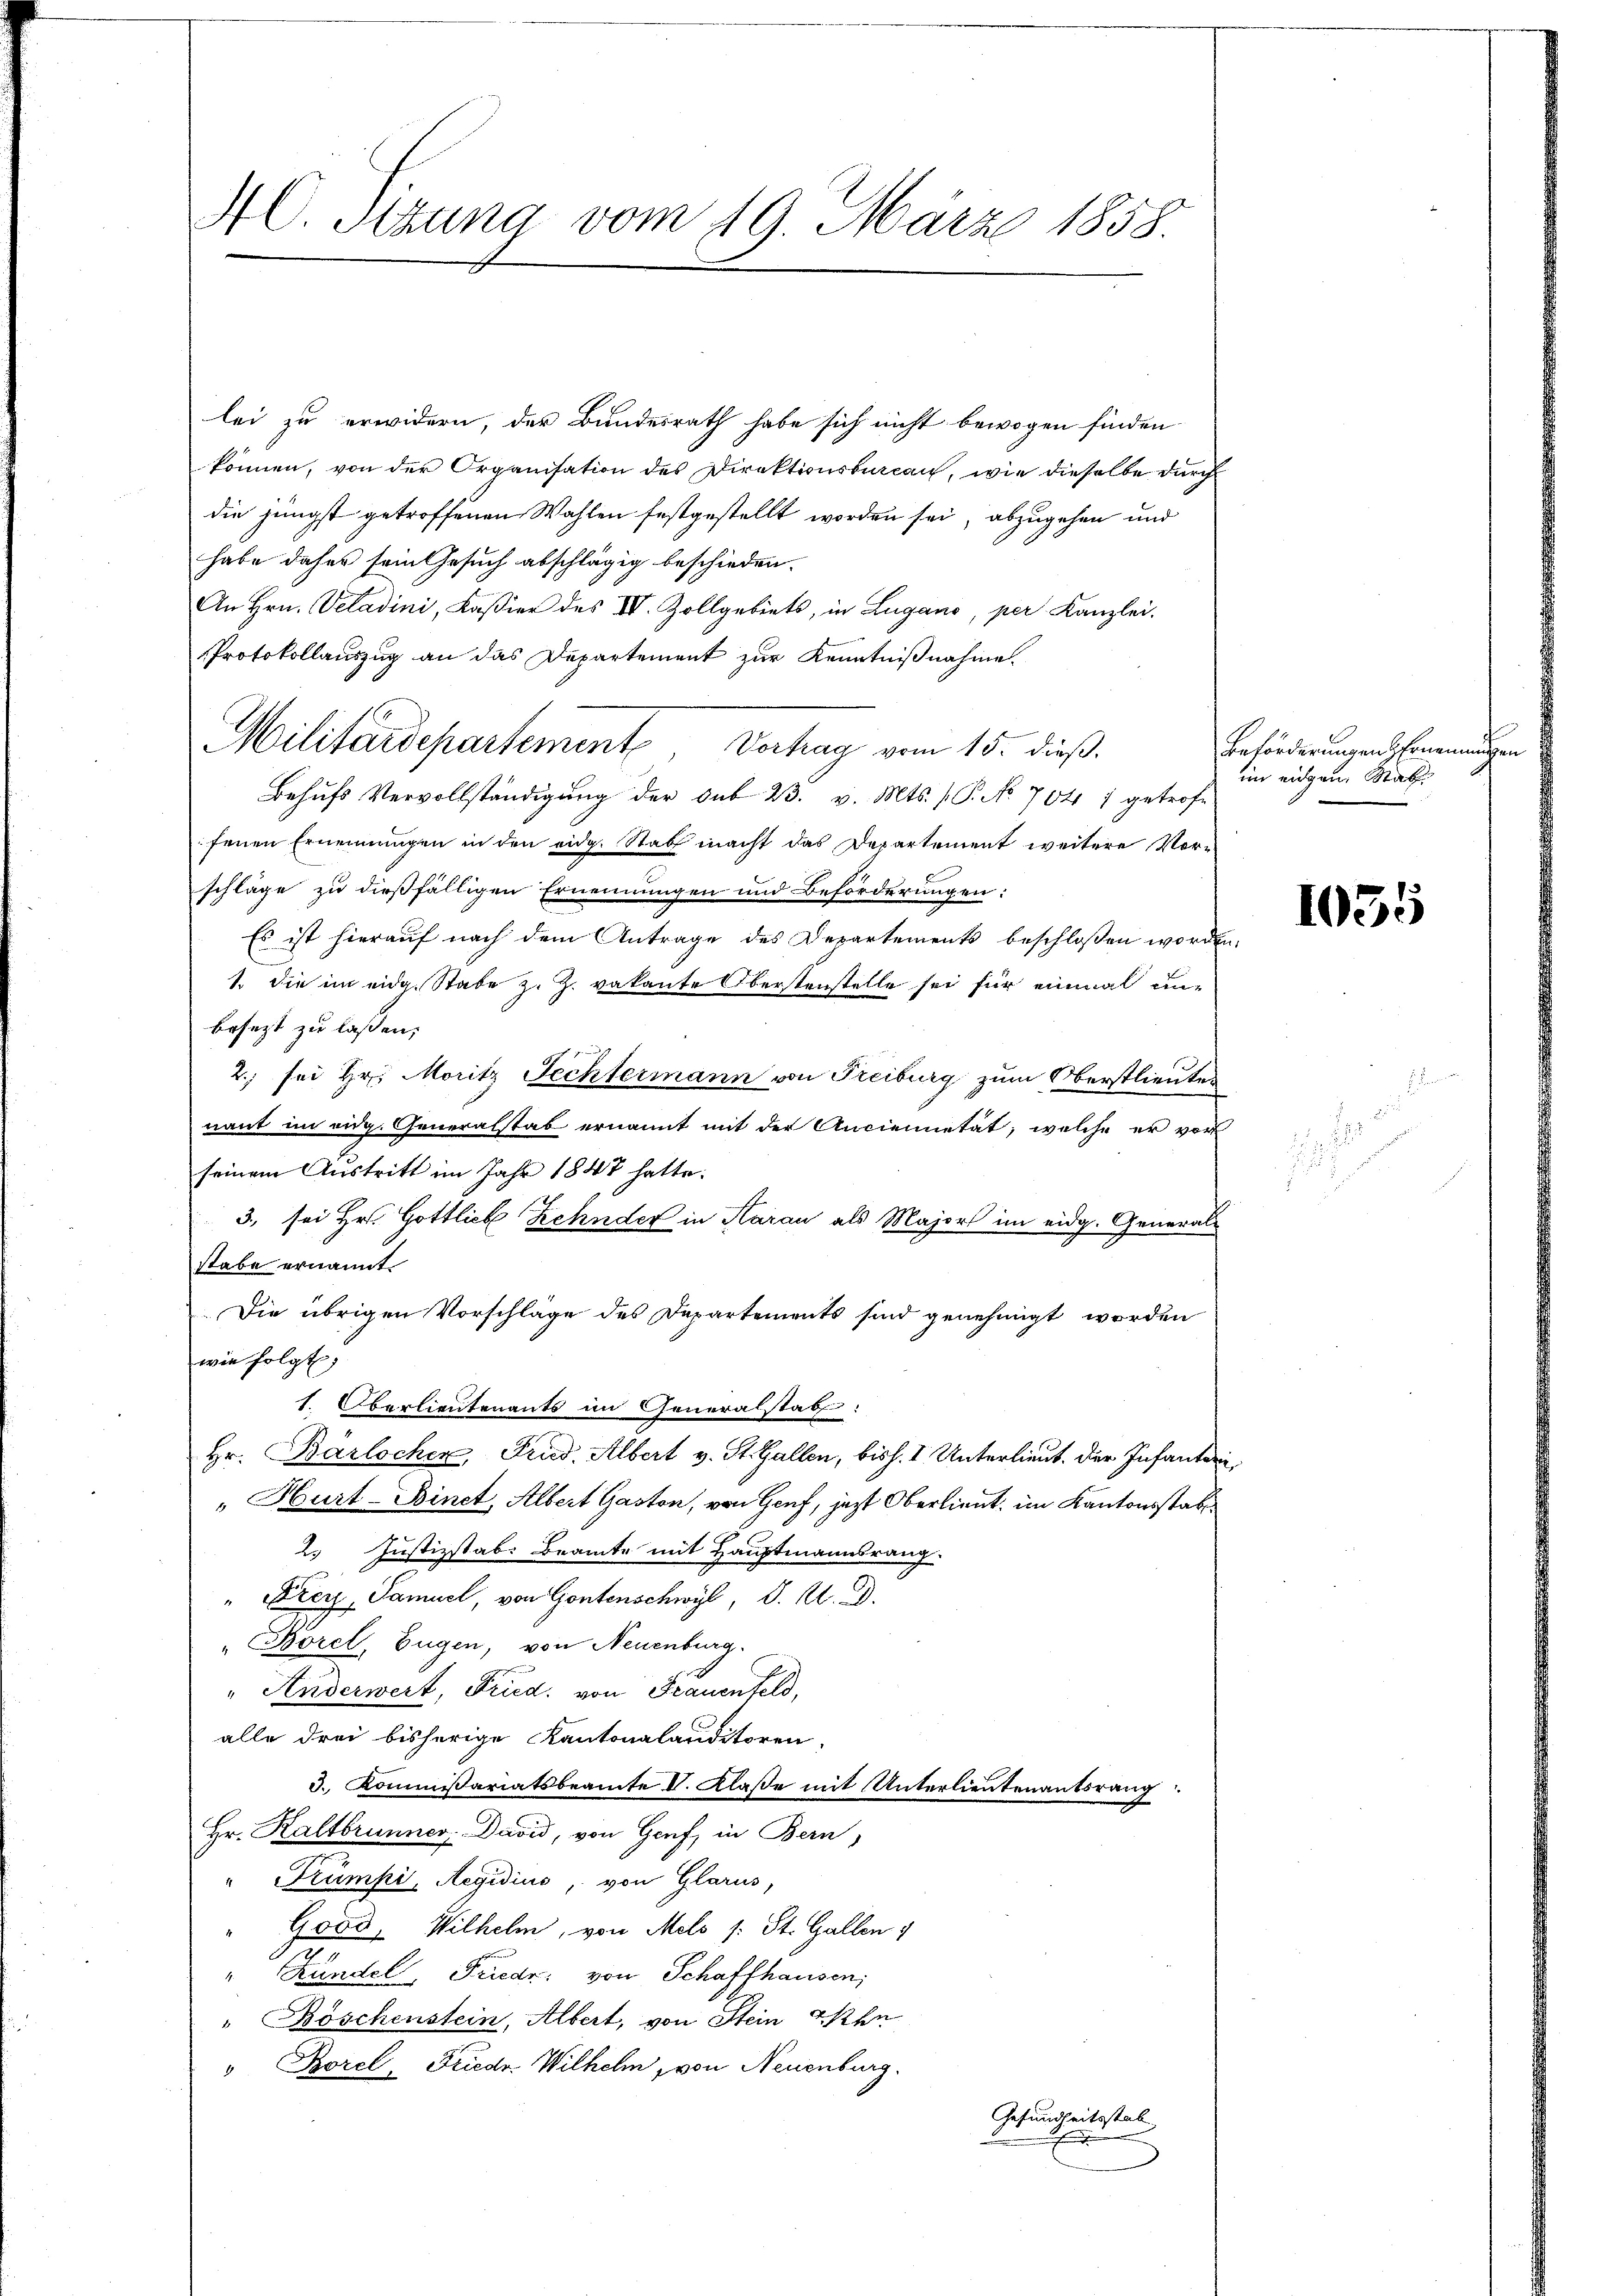
AC. Sitzung vom 19. März 1858.

lei zu erwidern, der Bundesrath habe sich nicht bewogen finden
können, von der Organisation des Direktionsbureau, wie dieselbe durch
die jüngst getroffenen Wahlen festgestellt worden sei, abzugehen und
habe daher sein Gesuch abschlägig beschieden.
An Hrn. Veladini, Kaßier des IV. Zollgebiets, in Lugano, per Kanzlei-
Protokollauszug an das Departement zur Kenntnißnahme.
Militärdepartemente Verhag vom 15. dieß.
Behŭfs Vervollständigŭng der Sub 23. v. Mts. P. No. 704 1 getrofe
fenen Ernennungen in den eidg. Stat macht das Departement weitere Vorschläge zu dießfälligen Ernennungen und Beförderungen:
Es ist hierauf nach dem Antrage des Departements beschloßen worden
1. die im eidg. Stabe z. Z. vakante Oberstenstelle sei für einmal un-
besezt zu lassen,
x
2., sei Hr. Moritz Fechtermann von Freiburg zum Oberstlieutes
nant im eidg. Generalstab ernannt mit der Anciennetät, welche er vor
seinem Austritt im Jahr 1848 hatte.
3., sei Hr. Gottlieb Zehnder in Aarau als Majors im eidg. Generalstabe ernannt.
Die übrigen Vorschlage des Departements sind genehmigt worden
wie folgt,
1. Oberlieutenants im Generalstab
Hr. Bärlocher, Fried. Albert v. St. Gallen, bish. I Unterlieut. Der Infanteri¬
"Hurt-Binet, Albert Gaston, von Genf, jezt Oberlieut, im Kantonsstabe
2. Justizstab. Beamte mit Hauptmannsrang.
" Fierz, Samuel, von Gontenschwyl, d. M. D.
"Borel, Eugen, von Neuenburg.
" Anderwert, Fried. von Frauenfeld,
alle drei bisherige Kantonalauditoren,
3. Kommissariatsbeamte II. Klaße mit Unterlieutenantsrang
Hr. Kaltbrunner David, von Genf, in Bern,
" Trümpi, Aegidius, von Glarus,
Good, Wilhelm, von Mels (: St. Gallen 4
" Kündel, Friedr. von Schaffhausen,
" Böschenstein, Albert, von Stein ken
 Borel, Friede Wilhelm von Neuenburg.
Gesundheitsstab
x

Beförderungen Ernennungen
im eingen Stat

1035